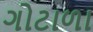
ગોટાળા